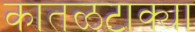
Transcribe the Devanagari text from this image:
कातळटाक्या